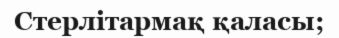
Стерлітармақ қаласы;